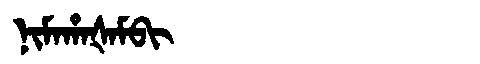
Manchu: ᠨᡳᠮᠠᡥᠠᡧᠠᠮᠪᡳ
Romanization: NIMAHAŠAMBI